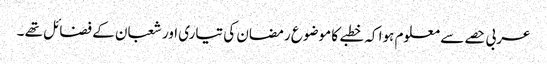
عربی حصے سے معلوم ہوا کہ خطبے کا موضوع رمضان کی تیاری اور شعبان کے فضائل تھے ۔